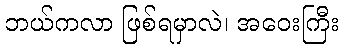
ဘယ်ကလာ ဖြစ်ရမှာလဲ၊ အဝေးကြီး